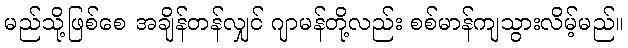
မည်သို့ဖြစ်စေ အချိန်တန်လျှင် ဂျာမန်တို့လည်း စစ်မာန်ကျသွားလိမ့်မည်။